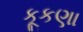
કૂકણા